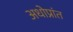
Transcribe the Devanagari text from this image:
अधोप्रांत